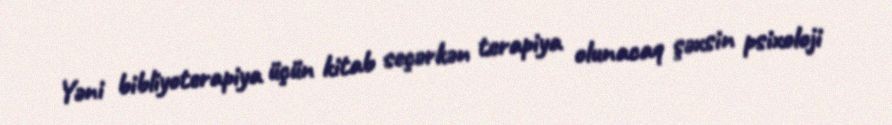
Yəni bibliyoterapiya üçün kitab seçərkən terapiya olunacaq şəxsin psixoloji